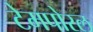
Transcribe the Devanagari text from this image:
टेमपोरल